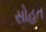
સોહત